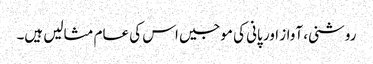
روشنی، آواز اور پانی کی موجیں اس کی عام مثالیں ہیں۔